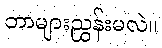
ဘာများညွှန်းမလဲ။